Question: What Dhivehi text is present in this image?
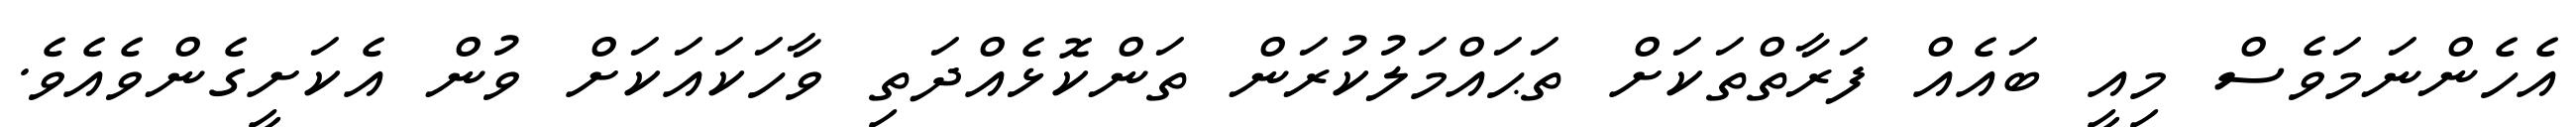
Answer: އެހެންނަމަވެސް މިއީ ބައެއް ފަރާތްތަކަށް ތަޙައްމަލުކުރަން ތަންކޮޅެއްދަތި ވާހަކައަކަށް ވުން އެކަށީގެންވެއެވެ.